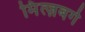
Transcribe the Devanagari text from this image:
मिंत्ज़बर्ग